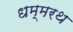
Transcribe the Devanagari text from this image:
धम्मरथ